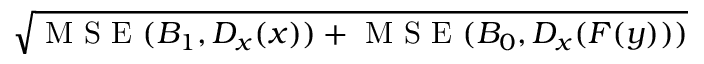
\sqrt { \mathrm { ~ M ~ S ~ E ~ } ( B _ { 1 } , D _ { x } ( x ) ) + \mathrm { ~ M ~ S ~ E ~ } ( B _ { 0 } , D _ { x } ( F ( y ) ) ) }